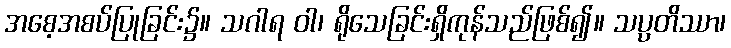
အစေ့အစပ်ပြုခြင်း၌။ သဂါရ ဝါ၊ ရိုသေခြင်းရှိကုန်သည်ဖြစ်၍။ သပ္ပတိဿာ၊